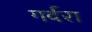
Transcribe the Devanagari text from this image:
गर्दरा